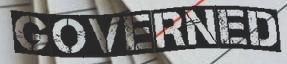
GOVERNED